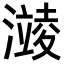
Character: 𪷥